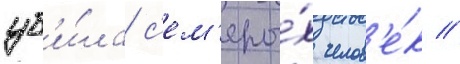
уб'и́ла с'ем'еры́х челов'е́к //